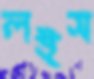
লইস